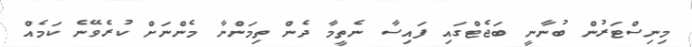
މިނިސްޓަރުން ބުނާނީ ބަޖެޓްގައި ފައިސާ ނެތީމާ ދެން ތިމަންނާ މެންނަށް ކުރެވޭނެ ކަމެއް